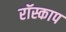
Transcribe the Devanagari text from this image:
रॉस्काप